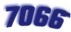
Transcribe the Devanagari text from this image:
७०६६